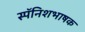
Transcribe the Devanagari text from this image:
स्पॅनिशभाषक